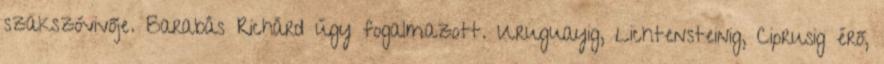
szakszóvivője. Barabás Richárd úgy fogalmazott. Uruguayig, Lichtensteinig, Ciprusig érő,